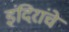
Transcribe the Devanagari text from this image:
इंदिरांचे